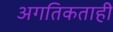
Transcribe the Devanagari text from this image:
अगतिकताही